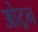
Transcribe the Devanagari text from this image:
ओट्रन